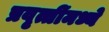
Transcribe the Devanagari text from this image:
प्रवृत्तींमध्ये